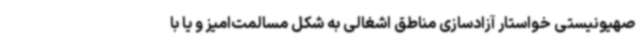
صهیونیستی خواستار آزادسازی مناطق اشغالی به شکل مسالمت‌امیز و یا با